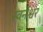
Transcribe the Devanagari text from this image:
स्वर्नेश्वर